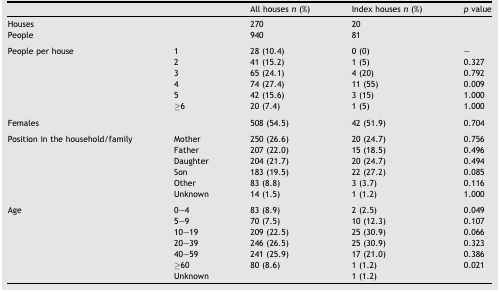
| <COLSPAN=2>  | All houses n (%) | Index houses n (%) | p value |
 | --- | --- | --- | --- | --- |
 | Houses |  | 270 | 20 |  |
 | People |  | 940 | 81 |  |
 | <COLSPAN=5>  |
 | <ROWSPAN=6> People per house | 1 | 28 (10.4) | 0 (0) | – |
 | 2 | 41 (15.2) | 1 (5) | 0.327 |
 | 3 | 65 (24.1) | 4 (20) | 0.792 |
 | 4 | 74 (27.4) | 11 (55) | 0.009 |
 | 5 | 42 (15.6) | 3 (15) | 1.000 |
 | ≥6 | 20 (7.4) | 1 (5) | 1.000 |
 | <COLSPAN=5>  |
 | Females |  | 508 (54.5) | 42 (51.9) | 0.704 |
 | <COLSPAN=5>  |
 | <ROWSPAN=6> Position in the household/family | Mother | 250 (26.6) | 20 (24.7) | 0.756 |
 | Father | 207 (22.0) | 15 (18.5) | 0.496 |
 | Daughter | 204 (21.7) | 20 (24.7) | 0.494 |
 | Son | 183 (19.5) | 22 (27.2) | 0.085 |
 | Other | 83 (8.8) | 3 (3.7) | 0.116 |
 | Unknown | 14 (1.5) | 1 (1.2) | 1.000 |
 | <COLSPAN=5>  |
 | <ROWSPAN=7> Age | 0–4 | 83 (8.9) | 2 (2.5) | 0.049 |
 | 5–9 | 70 (7.5) | 10 (12.3) | 0.107 |
 | 10–19 | 209 (22.5) | 25 (30.9) | 0.066 |
 | 20–39 | 246 (26.5) | 25 (30.9) | 0.323 |
 | 40–59 | 241 (25.9) | 17 (21.0) | 0.386 |
 | ≥60 | 80 (8.6) | 1 (1.2) | 0.021 |
 | Unknown |  | 1 (1.2) |  |